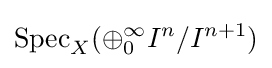
\operatorname {Spec} _{X}(\oplus _{0}^{\infty }I^{n}/I^{n+1})